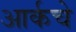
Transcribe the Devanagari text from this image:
आर्कचे